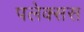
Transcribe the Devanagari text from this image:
पलेक्सस